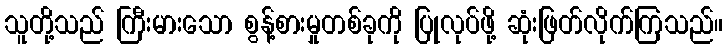
သူတို့သည် ကြီးမားသော စွန့်စားမှုတစ်ခုကို ပြုလုပ်ဖို့ ဆုံးဖြတ်လိုက်ကြသည်။